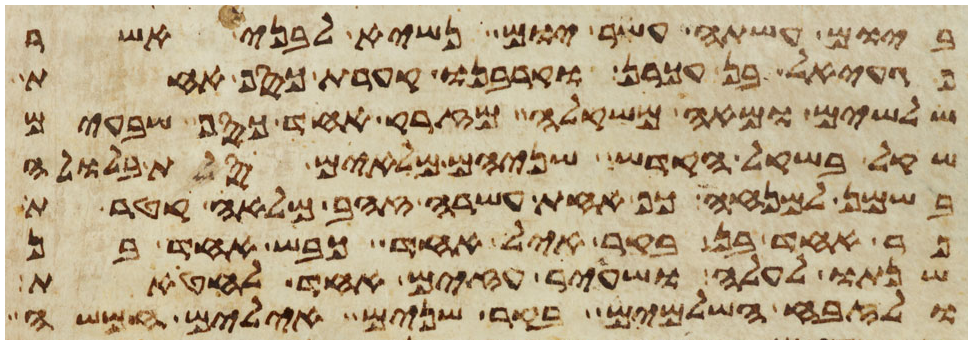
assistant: ביום עשתי עשר יום נשיא לבני אשר
פגעאל בן עכרן וקרבנו קערת כסף אחת
שלשים ומאה משקלה מזרק אחד כסף שבעים
שקל בשקל הקדש שניהם מלאים סלת בלולה
בשמן למנחה כף אחת עשרה זהב מלאה קטרת
פר אחד בן בקר איל אחד כבש אחד בן
שנתו לעלה ושעיר עזים אחד לחטאת
ולזבח השלמים בקר שנים אילים חמשה